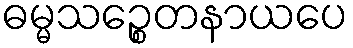
ဓမ္မသဉ္စေတနာယပေ